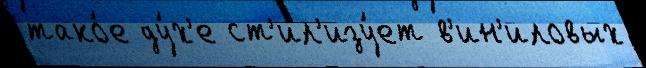
тако́е ду́х'е ст'ил'изу́ет в'ин'иловых